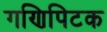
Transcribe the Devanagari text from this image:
गणिपिटक